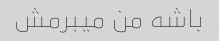
باشه من میبرمش